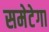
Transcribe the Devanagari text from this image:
समेटेगा